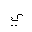
Letter: _ya